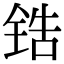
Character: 锆